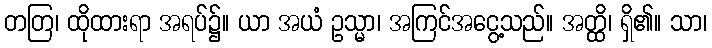
တတြ၊ ထိုထားရာ အရပ်၌။ ယာ အယံ ဥသ္မာ၊ အကြင်အငွေ့သည်။ အတ္ထိ၊ ရှိ၏။ သာ၊